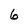
Character: 6